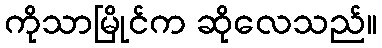
ကိုသာမြိုင်က ဆိုလေသည်။